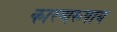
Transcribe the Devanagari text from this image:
कारणरूपाय